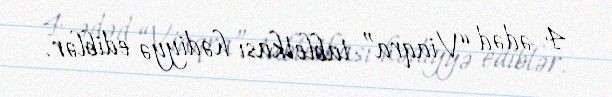
4 ədəd “Viaqra” tabletkası hədiyyə ediblər.